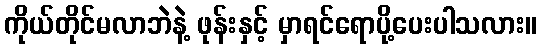
ကိုယ်တိုင်မလာဘဲနဲ့ ဖုန်းနှင့် မှာရင်ရောပို့ပေးပါသလား။